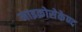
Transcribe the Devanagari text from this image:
माइक्रोसेकेण्द